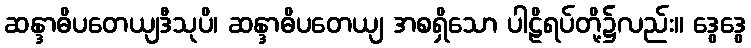
ဆန္ဒာဓိပတေယျဒီသုပိ၊ ဆန္ဒာဓိပတေယျ အစရှိသော ပါဠိရပ်တို့၌လည်း။ ဒွေဒွေ